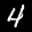
Label: 4